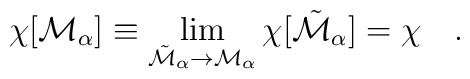
\chi[{\cal M}_{\alpha}]\equiv\lim_{{\tilde {\cal M}}_{\alpha}\rightarrow{\cal M}_{\alpha}} \chi[{\tilde {\cal M}}_{\alpha}]=\chi~~~.